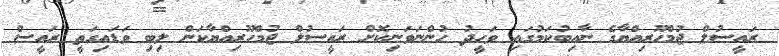
ރައީސުލް ޖުމްހޫރިއްޔާގެ ނާއިބުކަމުގައި ވަހީދު ހުންނަވަނިކޮށް ރައީސުލް ޖުމްހޫރިއްޔާކަން ލިބި ވަޑައިގަތީ ރައީސް